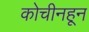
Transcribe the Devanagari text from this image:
कोचीनहून